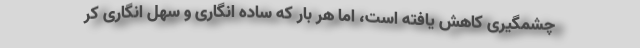
چشمگیری کاهش یافته است، اما هر بار که ساده انگاری و سهل انگاری کر